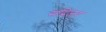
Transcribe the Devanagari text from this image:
सद्विजय